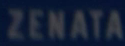
ZENATA